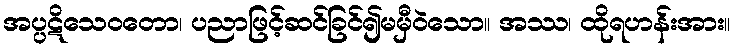
အပ္ပဋိသေဝတော၊ ပညာဖြင့်ဆင်ခြင်၍မမှီဝဲသော။ အဿ၊ ထိုရဟန်းအား။